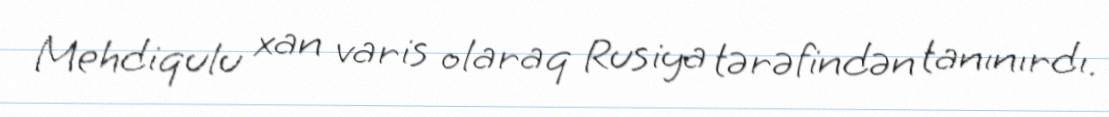
Mehdiqulu xan varis olaraq Rusiya tərəfindən tanınırdı.